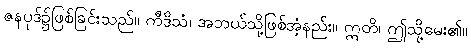
ဇနပုဒ်၌ဖြစ်ခြင်းသည်။ ကီဒိသံ၊ အဘယ်သို့ဖြစ်အံ့နည်း။ ဣတိ၊ ဤသို့မေး၏။